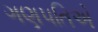
ગણપતિએ